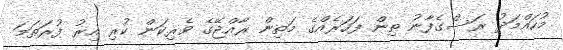
މުހައްމަދު ރަސްގެފާނު ތިން ފަހަރެއްގެ މަތިން ރާއްޖޭގެ ވެރިކަން ކުރި އިރު ފުރަތަމަ